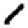
Digit: 1